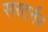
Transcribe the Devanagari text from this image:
सरटर्नर